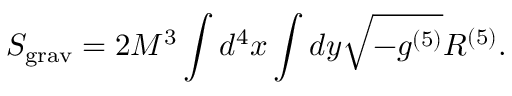
S _ { \mathrm { g r a v } } = 2 M ^ { 3 } \int d ^ { 4 } x \int d y \sqrt { - g ^ { ( 5 ) } } R ^ { ( 5 ) } .